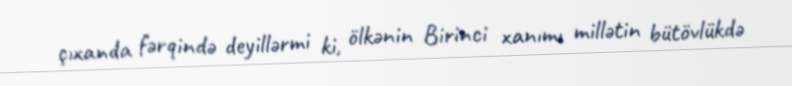
çıxanda fərqində deyillərmi ki, ölkənin Birinci xanımı millətin bütövlükdə